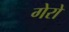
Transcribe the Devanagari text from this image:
गेरो